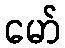
မော်